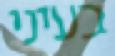
בעיני